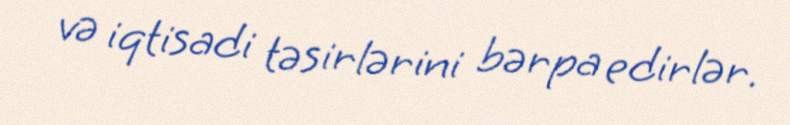
və iqtisadi təsirlərini bərpa edirlər.